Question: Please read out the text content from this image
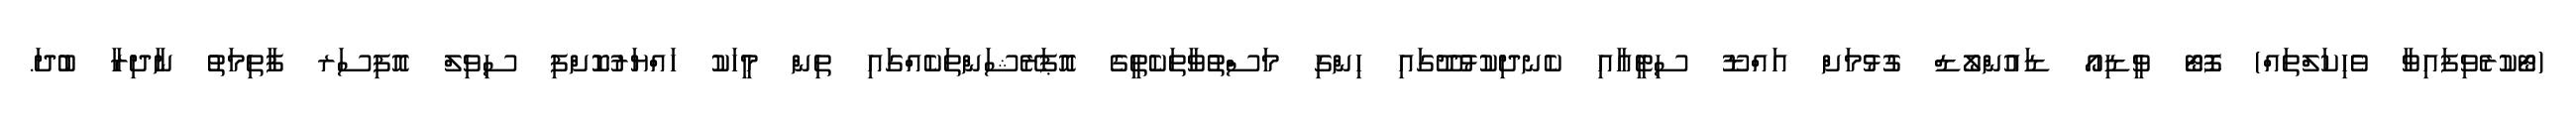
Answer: (ޓޯކުރެވިފައިވާ ވެހިކަލްތައް) ފޮޓޯ ވީޑިއޯ ޑައުންލޯޑް ގުޅުމަށް އައްޑޫ ސިޓީއާއި ކެނދިކުޅުދޫގައި ހިންގި މަސްތުވާތަކެތީގެ އޮޕަރޭޝަންތަކެއްގައި ތިން މީހަކު ހައްޔަރުކޮށްފި ސިވިލް އޮފިސަރ ފާތިމަތު ނާދިރާ ބުދަ.